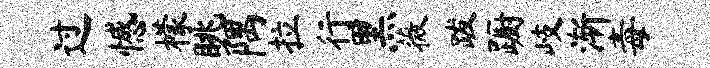
过憾檬眺隅拉行黑薇跋蹰岐渐毒